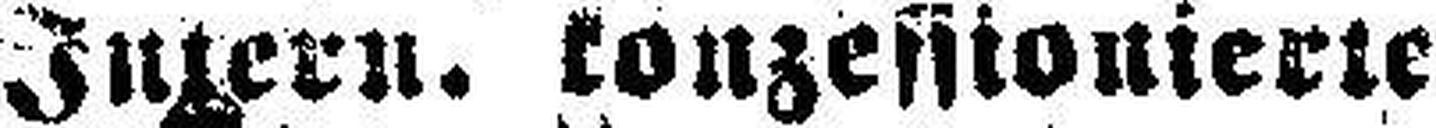
Intern, konzessionierte